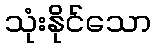
သုံးနိုင်သော